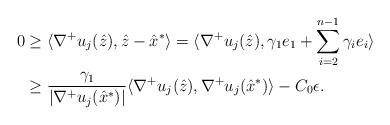
LaTeX: \begin{align*}0& \geq \langle \nabla^{+} u_j(\hat{z}), \hat{z}-\hat{x}^* \rangle =\langle \nabla^{+}u_j(\hat{z}), \gamma_1 e_1 + \sum_{i=2}^{n-1} \gamma_i e_i \rangle\\&\geq \frac{\gamma_1}{|\nabla^{+} u_j(\hat{x}^*)|} \langle\nabla^{+} u_j(\hat{z}),\nabla^{+} u_j(\hat{x}^*) \rangle - C_0\epsilon.\end{align*}